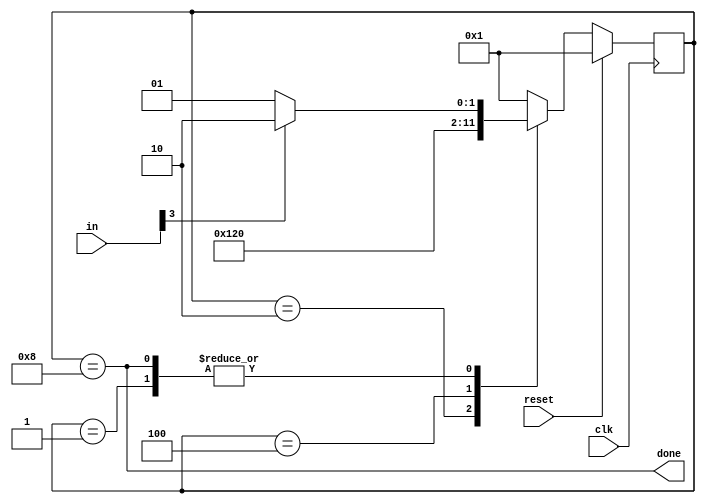
//
//
// https://hdlbits.01xz.net/wiki/Fsm_ps2
//
//

`default_nettype none

module top_module (
    input           clk,
    input   [7:0]   in,
    input           reset,
    output          done
);

    parameter       WAIT_B1 = 4'b0001,
                    WAIT_B2 = 4'b0010,
                    WAIT_B3 = 4'b0100,
                    DONE    = 4'b1000;

    reg     [3:0]   state;
    reg     [3:0]   state_next;

    // State transition logic (combinational)
    always @(*) begin
        case (state)
        WAIT_B1 : state_next = in[3] ? WAIT_B2 : WAIT_B1;
        WAIT_B2 : state_next = WAIT_B3;
        WAIT_B3 : state_next = DONE;
        DONE    : state_next = in[3] ? WAIT_B2 : WAIT_B1;
        default : state_next = WAIT_B1;
        endcase
    end

    // State flip-flops (sequential)
    always @(posedge clk) begin
        if(reset) begin
            state <= WAIT_B1;
        end else begin
            state <= state_next;
        end
    end

    // Output logic
    assign done = (state == DONE);

    wire    [6:0]   unused;
    assign unused = {in[7:4], in[2:0]};

endmodule